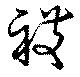
複